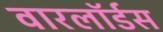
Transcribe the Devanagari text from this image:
वारलॉर्डस